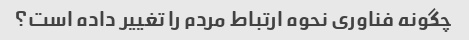
چگونه فناوری نحوه ارتباط مردم را تغییر داده است؟